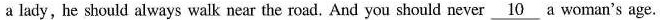
a lady, he should always walk near the road. And you should never \underline{10} a woman's age.